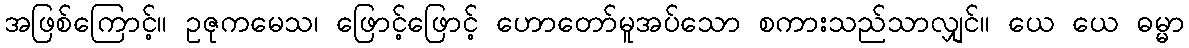
အဖြစ်ကြောင့်။ ဥဇုကမေသ၊ ဖြောင့်ဖြောင့် ဟောတော်မူအပ်သော စကားသည်သာလျှင်။ ယေ ယေ ဓမ္မာ